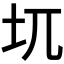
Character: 𱖈